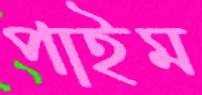
পাইম